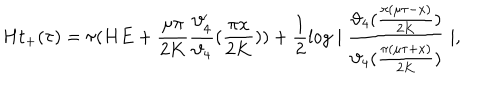
H t _ { + } ( \tau ) = \tau ( H E + \frac { \mu \pi } { 2 K } \frac { \vartheta _ { 4 } ^ { \prime } } { \vartheta _ { 4 } } ( \frac { \pi x } { 2 K } ) ) + \frac { 1 } { 2 } \log \mid \frac { \vartheta _ { 4 } ( \frac { \pi ( \mu \tau - x ) } { 2 K } ) } { \vartheta _ { 4 } ( \frac { \pi ( \mu \tau + x ) } { 2 K } ) } \mid ,